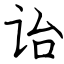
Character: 诒